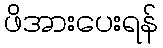
ဖိအားပေးရန်